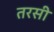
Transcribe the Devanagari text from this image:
तरसी